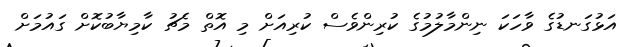
އަޅުގަނޑުގެ ވާހަކަ ނިންމާލުމުގެ ކުރިންވެސް ކުރިއަށް މި އޮތް މެޗު ކާމިޔާބުކޮށް ގައުމަށް